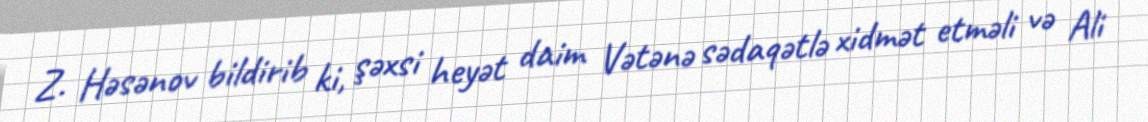
Z. Həsənov bildirib ki, şəxsi heyət daim Vətənə sədaqətlə xidmət etməli və Ali